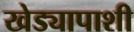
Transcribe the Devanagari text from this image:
खेड्यापाशी